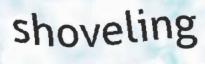
shoveling